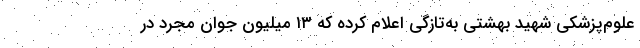
علوم‌پزشکی شهید بهشتی به‌تازگی اعلام کرده که ۱۳ میلیون جوان مجرد در